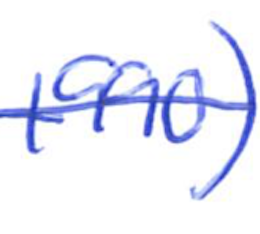
Text: 1990)
Cross-out: single-line
Writing tool: ballpoint